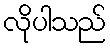
လိုပါသည်